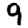
Digit: 9